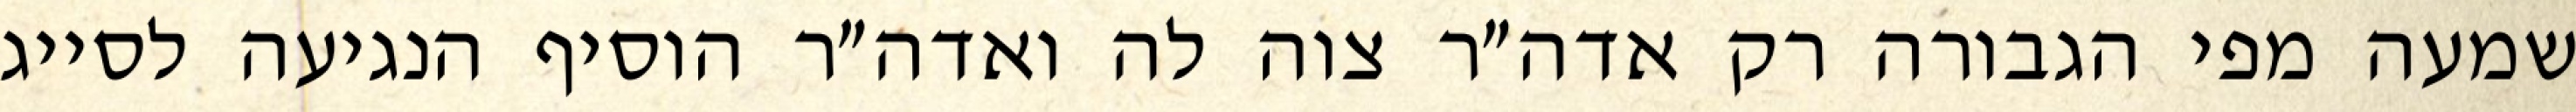
שמעה מפי הגבורה רק אדה״ר צוה לה ואדה״ר הוסיף הנגיעה לסייג